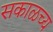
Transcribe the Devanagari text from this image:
सकाळच्य